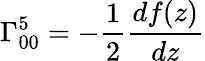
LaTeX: \Gamma_{00}^{5}=-\frac{1}{2}\frac{df(z)}{dz}